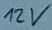
Text: 12V